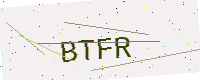
Text: BTFR